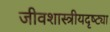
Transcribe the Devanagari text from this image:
जीवशास्त्रीयदृष्ट्या